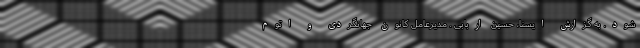
شود. به گزارش ایسنا، حسین اربابی ـ مدیرعامل کانون جهانگردی و اتوم